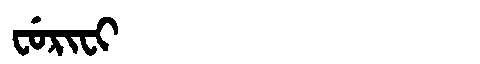
Manchu: ᠸᡠᡵᡳᠸᡳ
Romanization: FURIFI